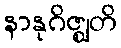
နာနုဂိဇ္ဈတိ